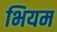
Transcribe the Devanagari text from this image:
भियम